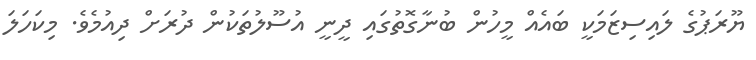
ޔޫރަޕުގެ ލައިސިޒަމަކީ ބައެއް މީހުން ބުނާގޮތުގައި ދީނީ އުސޫލުތަކުން ދުރަށް ދިއުމެވެ. މިކަހަލަ